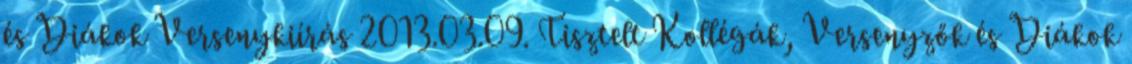
és Diákok Versenykiírás 2013.03.09. Tisztelt Kollégák, Versenyzők és Diákok